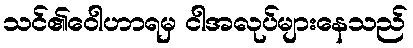
သင်၏ဝေါဟာရမှ ငါအလုပ်များနေသည်